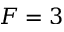
F = 3